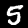
Label: 5